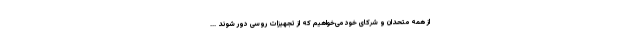
از همه متحدان و شرکای خود می‌خواهیم که از تجهیزات روسی دور شوند ...